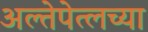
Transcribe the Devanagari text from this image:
अल्तेपेत्लच्या